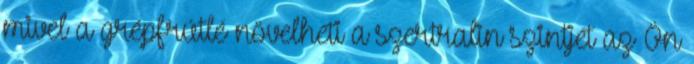
mivel a grépfrútlé növelheti a szertralin szintjét az Ön